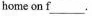
home on \underline{f} 。